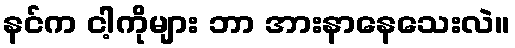
နင်က ငါ့ကိုများ ဘာ အားနာနေသေးလဲ။